Newspaper: Savannah morning news. [volume]
Place of publication: Savannah
Date: 1885-09-24 00:00:00
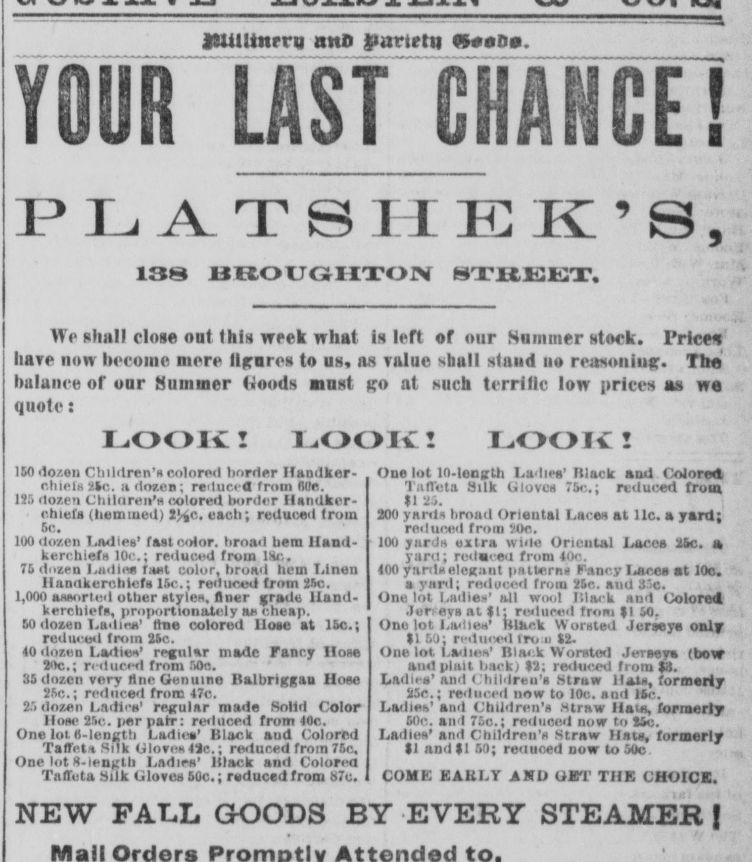
Advertisement text (OCR):
iUUUttrrq ntO yartrttt 9*tom. YOUR LAST CHANCE] P 1, ATS ! I E K ’ S, 138 BROUGHTON HTIIEET. We shall close out lhin week what is left of our Summer stock. Price* have now become mere flgnres to uh, an value shull aland no remumlug. The balance of our Summer Goods must go at such terrific low prices as we quote: LOOK! LOOK! LOOK! 150 dozen Children’s colored border Handker chieiH nic. ado7.cn; reduce* from floe. I*s dozen Children’s colored border Handker chiefs (hemmed) i%c. each; reduced from sc. lOOdozcn T.ndies’ fast color, broad hem Hand kerchiefs 10c.; reduced from 18c, 75 dozen Ludies tael color, broad hem Linen Handkerchiefs 15c.; reduced from 25c. 1,000 assorted other styles, finer grade Hand kerchiefs, proportionately as cheap. 60 dozen l.adina’ fine colored lloae at 15c,; reduced from 25c. 40 dozen Ladies’ regular mode Fancy Ilose 2<lc.; reduced from 50c. 35 dozen very tine Genuine Halbriggau Hose 25c.; reduced from 47c. 2.-i dozen Ladles’ regular made Solid Color Hose 25c. per pair: reduced from 40c. One lot fl-length Ladies’ Black aud Colored Taffeta Silk Gloros 42c.; reduced from 75c, One lot 8-length Ladies’ Black and Colored Taffeta Silk Gloves 50c.; reduced from 57c. NEW FAEL GOODS BY EVERY STEAMER [ Oue lot 10-longUi La<lies’ Black and Colored. Tiifl'cta Silk Gloves 75c.; reduced from U 27. 200 ysnls hronil Oriental Laces at lie. a yard; roiluceil from 20c. 100 yards extra wide Oriental Laces 25c. it yarn; redaceu from 40c. 400 yards elegant patterns Fancy I owes at 10c. a yard; reduced from 25c. and 33c. One lot Ladies’ all wool Black and Colored .lun evs at $1; reduced trom ,1 54. One lot Ladies' Blkck Worsted Jerseys only II 60: reduced iro u 22. One lot Ladies' Black Worsted Jerseys (bow and plait back) 22; reduced from $3. Ladies’ and (ihildren's Straw Hats, formerly 25c.; reduced now to 10c. and 15c. Ladies’ and Children's Mtraw Have, formerly 60c. an t 75c.; reduced now to !5. Ladies' and Children’s Straw Hats, formerly tl and $1 50; reduced now to 50c comp; early ahd get’ the choice.
Label: text-only